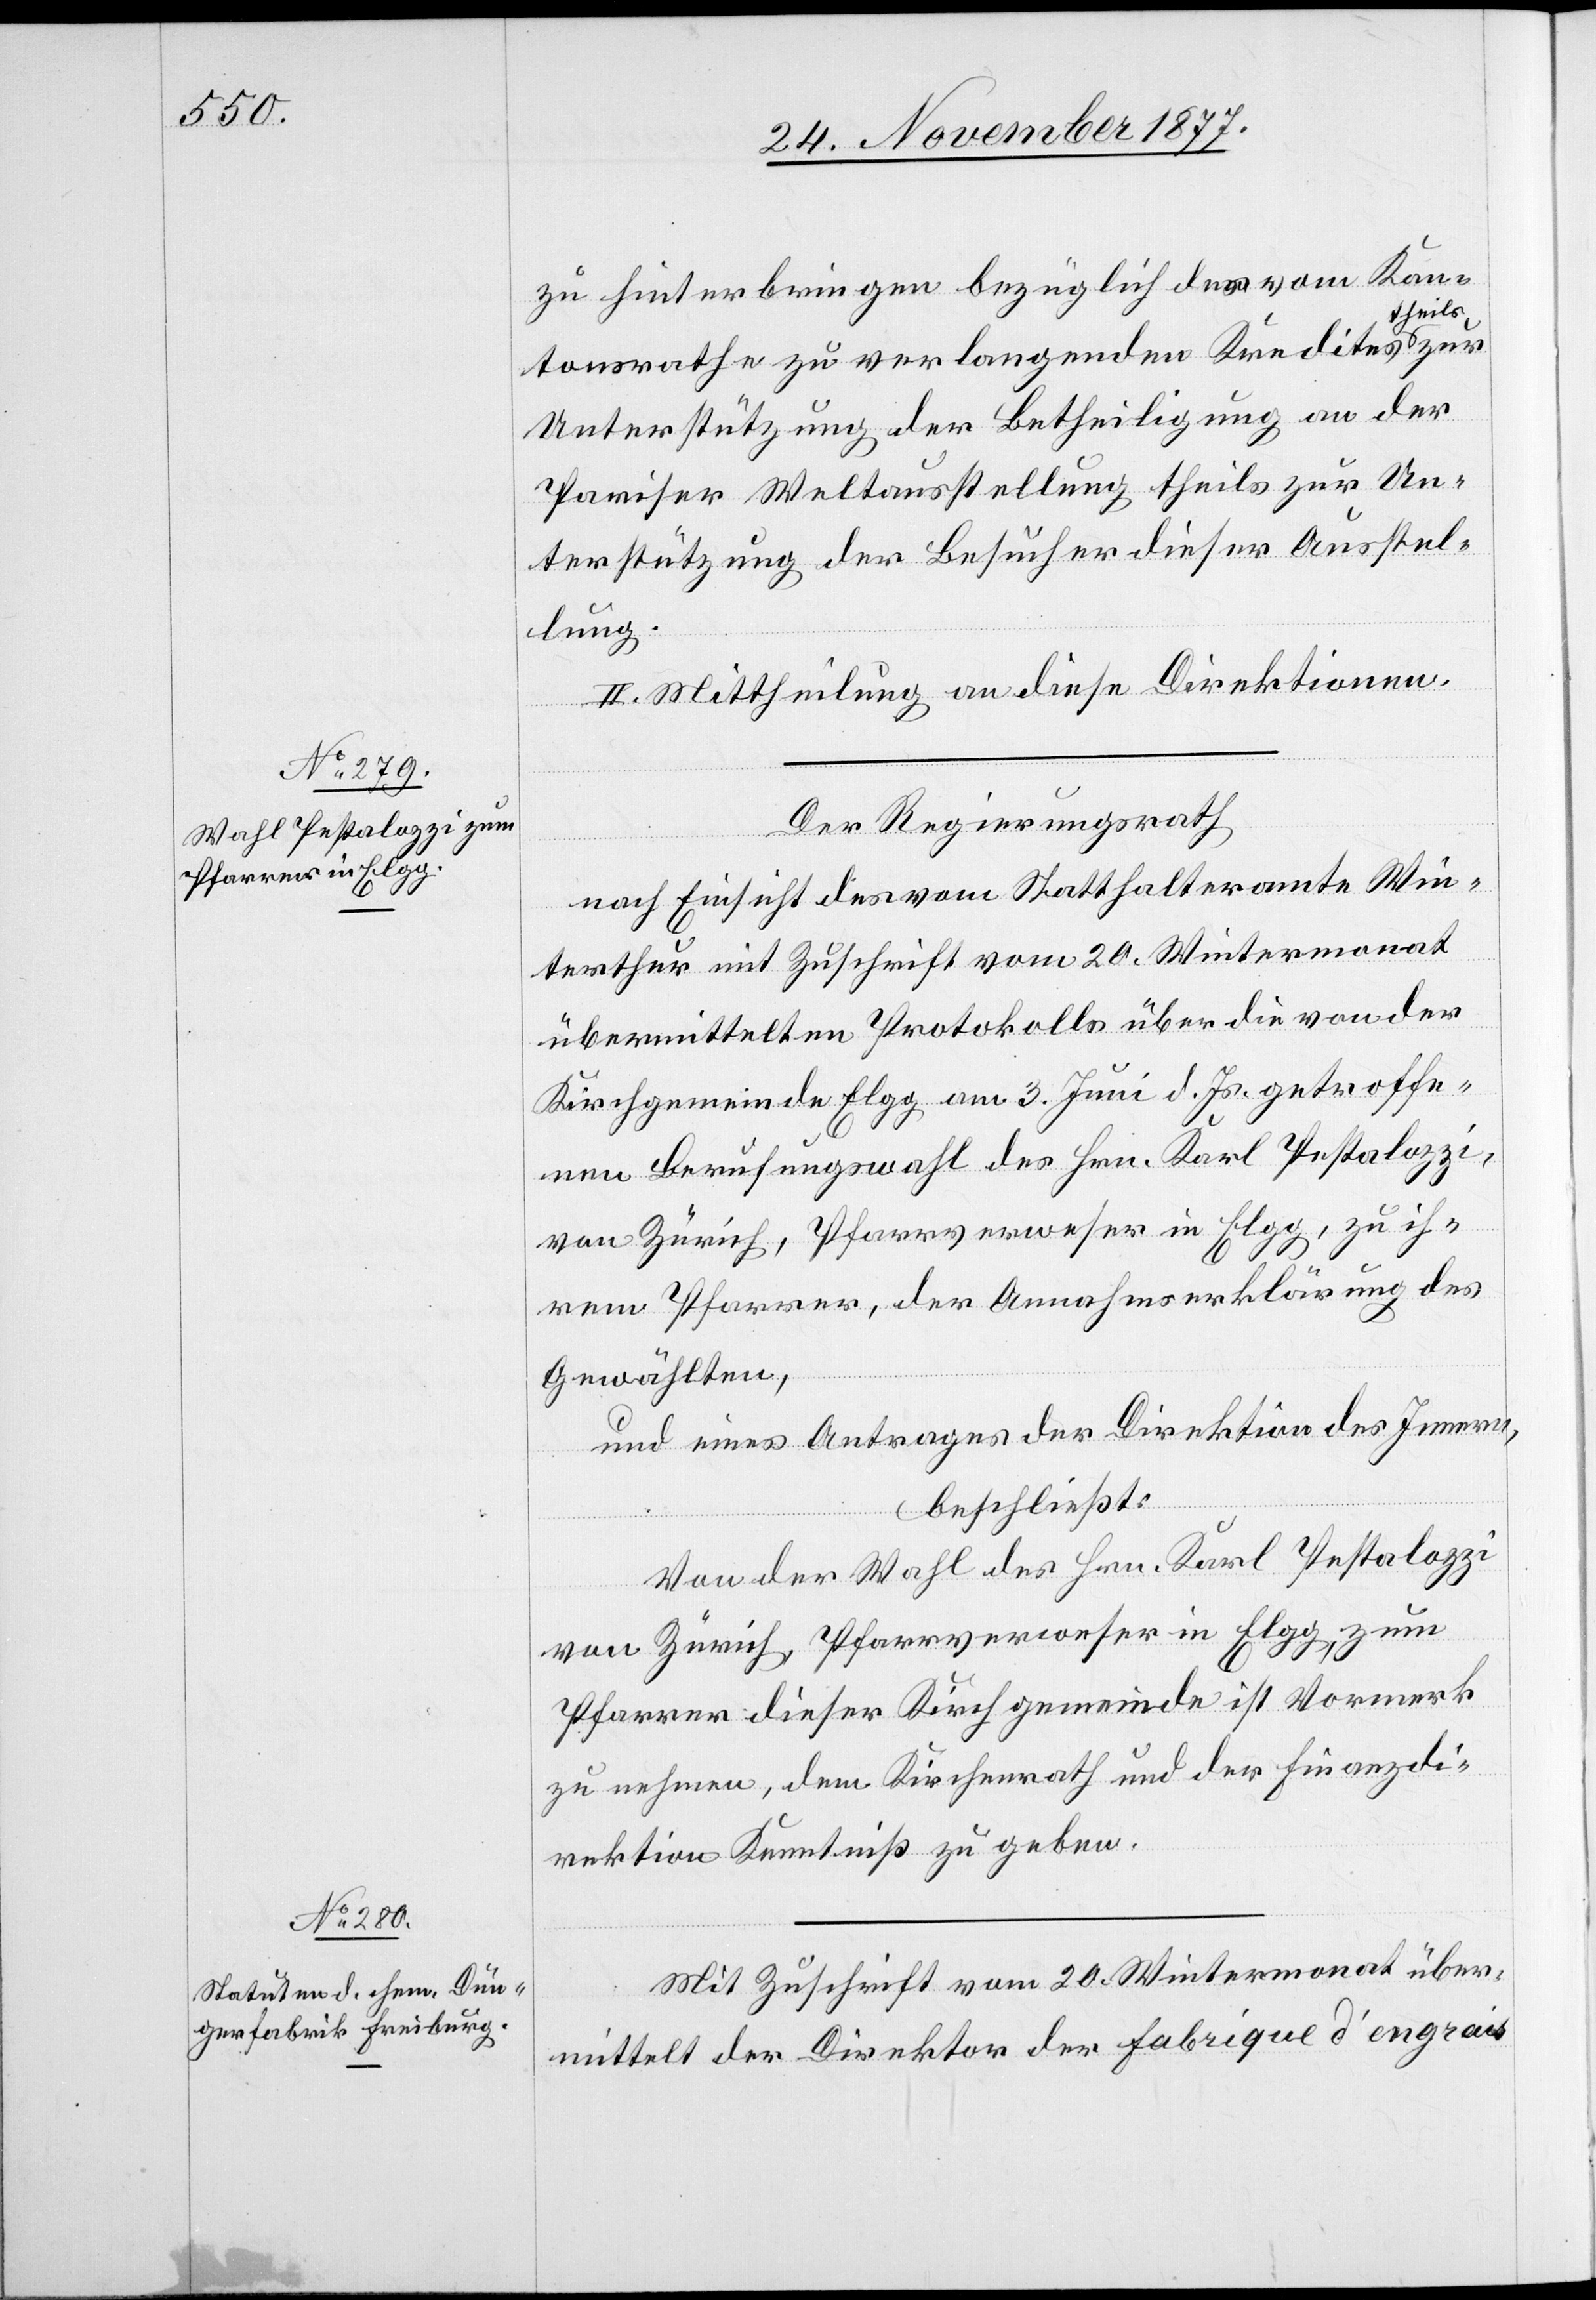
zu hinterbringen bezüglich des vom Kan¬
tonsrathe zu verlangenden Kredites theils zur
Unterstützung der Betheiligung an der
Pariser Weltausstellung theils zur Un¬
terstützung der Besucher dieser Ausstel¬
lung.
II. Mittheilung an diese Direktionen.
Der Regierungsrath
nach Einsicht des vom Statthalteramte Win¬
terthur mit Zuschrift vom 20. Wintermonat
übermittelten Protokolls über die von der
Kirchgemeinde Elgg am 3. Juni d. Js. getroffe¬
nen Berufungswahl des Hrn. Karl Pestalozzi,
von Zürich, Pfarrverweser in Elgg, zu ih¬
rem Pfarrer, der Annahmserklärung des
Gewählten,
und eines Antrages der Direktion des Innern,
beschließt:
Von der Wahl des Hrn. Karl Pestalozzi
von Zürich, Pfarrverweser in Elgg, zum
Pfarrer dieser Kirchgemeinde ist Vormerk
zu nehmen, dem Kirchenrath und der Finanzdi¬
rektion Kenntniß zu geben.
Mit Zuschrift vom 20. Wintermonat über¬
mittelt der Direktor der Fabrique d’engrais